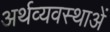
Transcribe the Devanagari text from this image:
अर्थव्यवस्थाअें